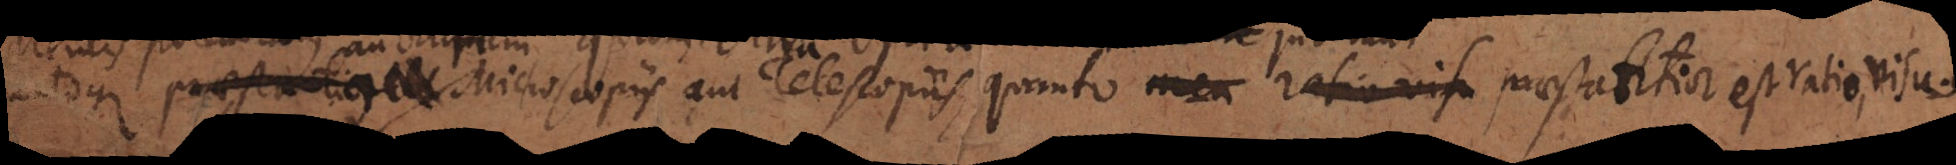
tantoque praestantius Microscopiis aut Telescopiis quanto praestantior est ratio, visu.